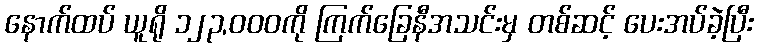
နောက်ထပ် ယူရို ၁၂၃,၀၀၀ကို ကြက်ခြေနီအသင်းမှ တစ်ဆင့် ပေးအပ်ခဲ့ပြီး